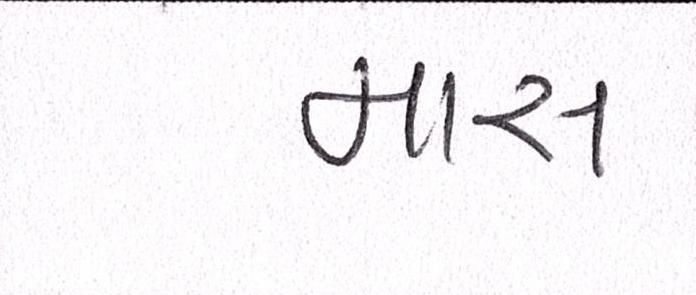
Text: માસ